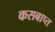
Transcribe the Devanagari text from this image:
कसबाप्त